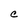
Character: C